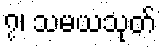
၇၊ သမယသုတ်